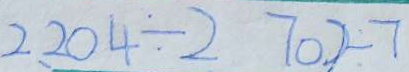
2 2 0 4 \div 2 7 0 ) \div 7